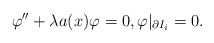
\begin{align*}\varphi'' + \lambda a(x) \varphi = 0, \varphi|_{\partial I_{i}} = 0.\end{align*}